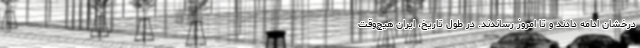
درخشان ادامه دادند و تا امروز رساندند. در طول تاریخ، ایران هیچ‌وقت